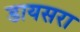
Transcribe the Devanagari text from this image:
डायसरा